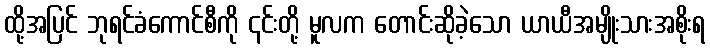
ထို့အပြင် ဘုရင်ခံကောင်စီကို ၎င်းတို့ မူလက တောင်းဆိုခဲ့သော ယာယီအမျိုးသားအစိုးရ